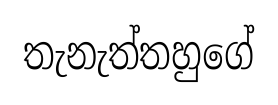
තැනැත්තහුගේ